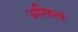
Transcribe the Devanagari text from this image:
असित्वं